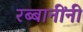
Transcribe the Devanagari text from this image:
रब्बानींनी